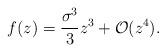
LaTeX: \begin{align*}f(z) = \frac{\sigma^3}{3} z^3 + \mathcal{O}(z^4).\end{align*}